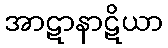
အာဋာနာဋိယာ